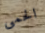
الحمى